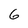
Character: 6